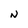
Character: N